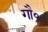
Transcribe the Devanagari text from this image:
गौ०